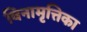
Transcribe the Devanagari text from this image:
विनामृत्तिका